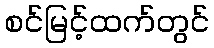
စင်မြင့်ထက်တွင်